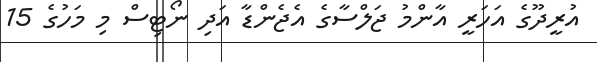
އުރީދޫގެ އަހަރީ އާންމު ޖަލްސާގެ އެޖެންޑާ އަދި ނޯޓިސް މި މަހުގެ 15